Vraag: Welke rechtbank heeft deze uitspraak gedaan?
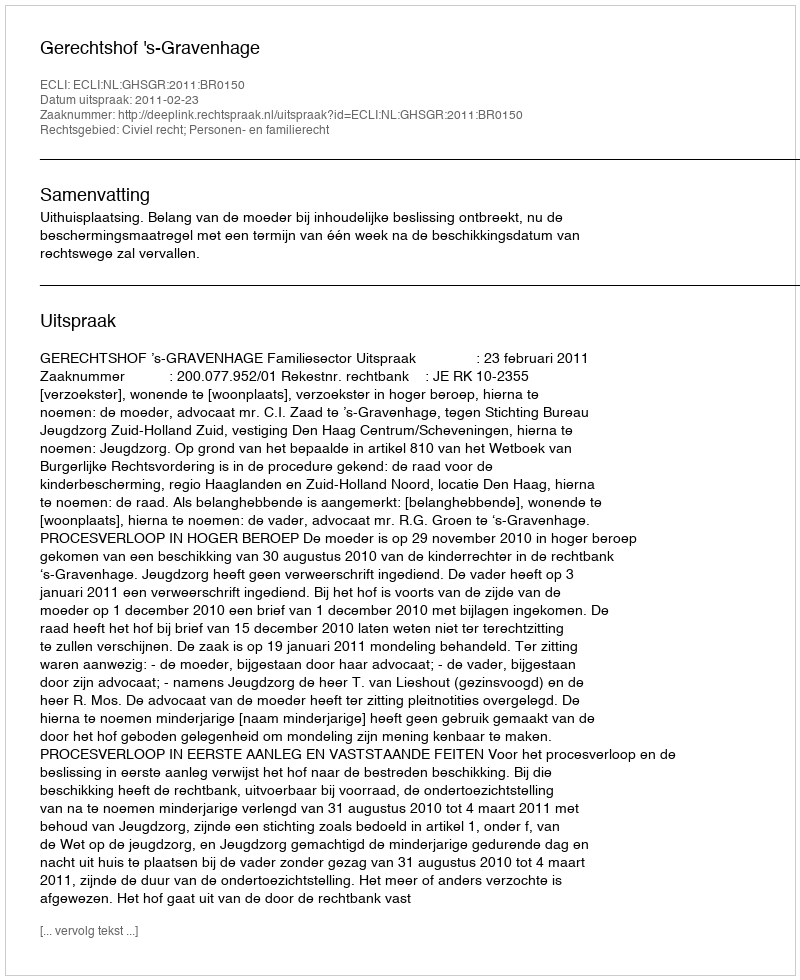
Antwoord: Gerechtshof 's-Gravenhage